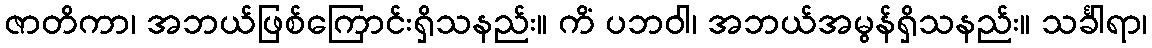
ဇာတိကာ၊ အဘယ်ဖြစ်ကြောင်းရှိသနည်း။ ကိံ ပဘဝါ၊ အဘယ်အမွန်ရှိသနည်း။ သင်္ခါရာ၊